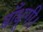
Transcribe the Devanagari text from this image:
बाँधूगी।